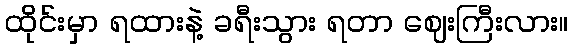
ထိုင်းမှာ ရထားနဲ့ ခရီးသွား ရတာ ဈေးကြီးလား။